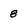
Character: 8